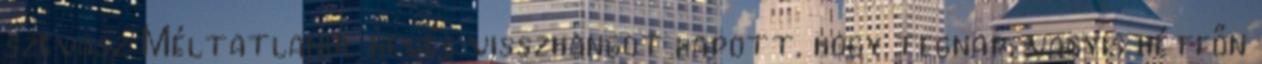
szevasz Méltatlanul kevés visszhangot kapott, hogy tegnap, vagyis hétfőn